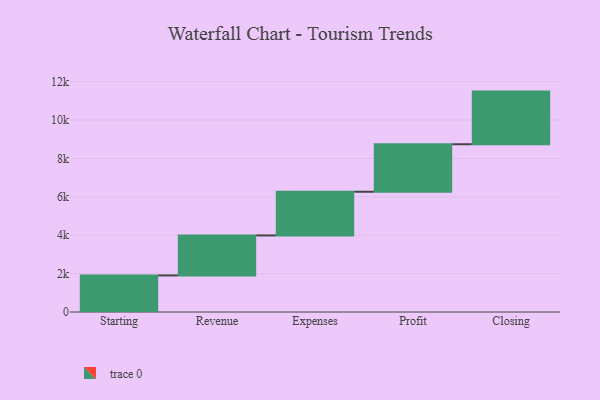
{"axis": {"x": "Step", "y": "Value"}, "legend": [""], "data": [{"x": "Starting", "y": 1905.0, "type": ""}, {"x": "Revenue", "y": 2084.0, "type": ""}, {"x": "Expenses", "y": 2277.0, "type": ""}, {"x": "Profit", "y": 2475.0, "type": ""}, {"x": "Closing", "y": 2743.0, "type": ""}]}